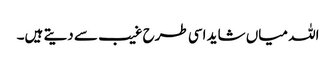
اللہ میاں شاید اسی طرح غیب سے دیتے ہیں۔